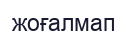
жоғалмап